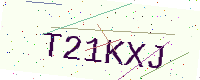
Text: T21KXJ